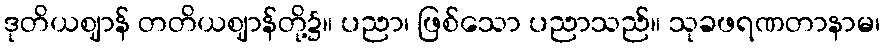
ဒုတိယဈာန် တတိယဈာန်တို့၌။ ပညာ၊ ဖြစ်သော ပညာသည်။ သုခဖရဏတာနာမ၊